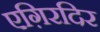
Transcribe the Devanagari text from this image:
एग़िरदिर